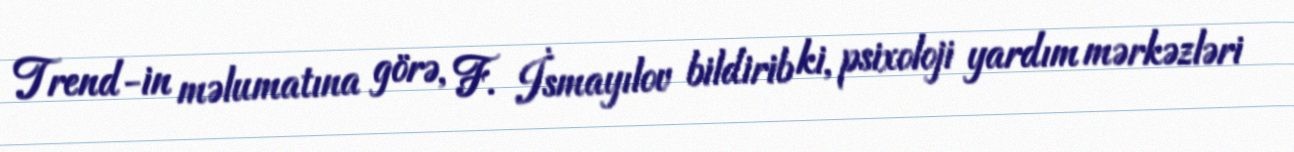
Trend-in məlumatına görə, F. İsmayılov bildirib ki, psixoloji yardım mərkəzləri